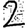
Digit: 2